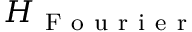
H _ { \mathrm { ~ F ~ o ~ u ~ r ~ i ~ e ~ r ~ } }